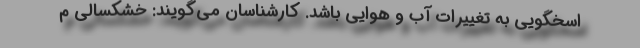
اسخگویی به تغییرات آب و هوایی باشد. کارشناسان می‌گویند: خشکسالی م